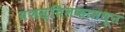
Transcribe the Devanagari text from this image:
यशस्तिलकामधून